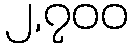
၂,၇၀၀